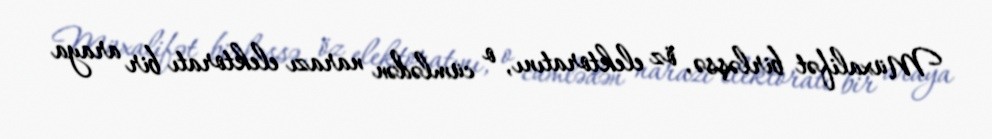
Müxalifət birləşsə, öz elektoratını, o cümlədən narazı elektoratı bir araya